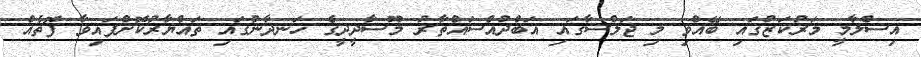
އިސްލާމީ މަރުކަޒުގައި ބޭއްވި މި ޖަލްސާގައި އަބްދުއްސައްތާރު މޫސާދީދީގެ ހަނދާނުގައި ތައްޔާރުކޮށްފައިވާ ފޮތެއް